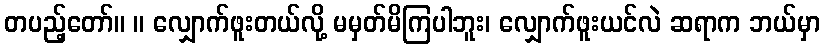
တပည့်တော်။ ။ လျှောက်ဖူးတယ်လို့ မမှတ်မိကြပါဘူး၊ လျှောက်ဖူးယင်လဲ ဆရာက ဘယ်မှာ